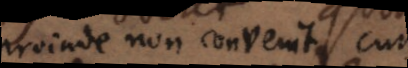
proinde non convenit cum